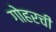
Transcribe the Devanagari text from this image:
गोहरची